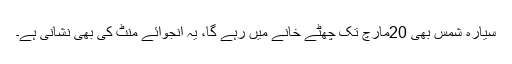
سیارہ شمس بھی 20مارچ تک چھٹے خانے میں رہے گا، یہ انجوائے منٹ کی بھی نشانی ہے۔